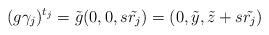
LaTeX: \begin{align*}(g\gamma_{j})^{t_{j}}=\tilde{g}(0,0,s\tilde{r_{j}})=(0,\tilde{y},\tilde{z}+s\tilde{r_{j}})\end{align*}